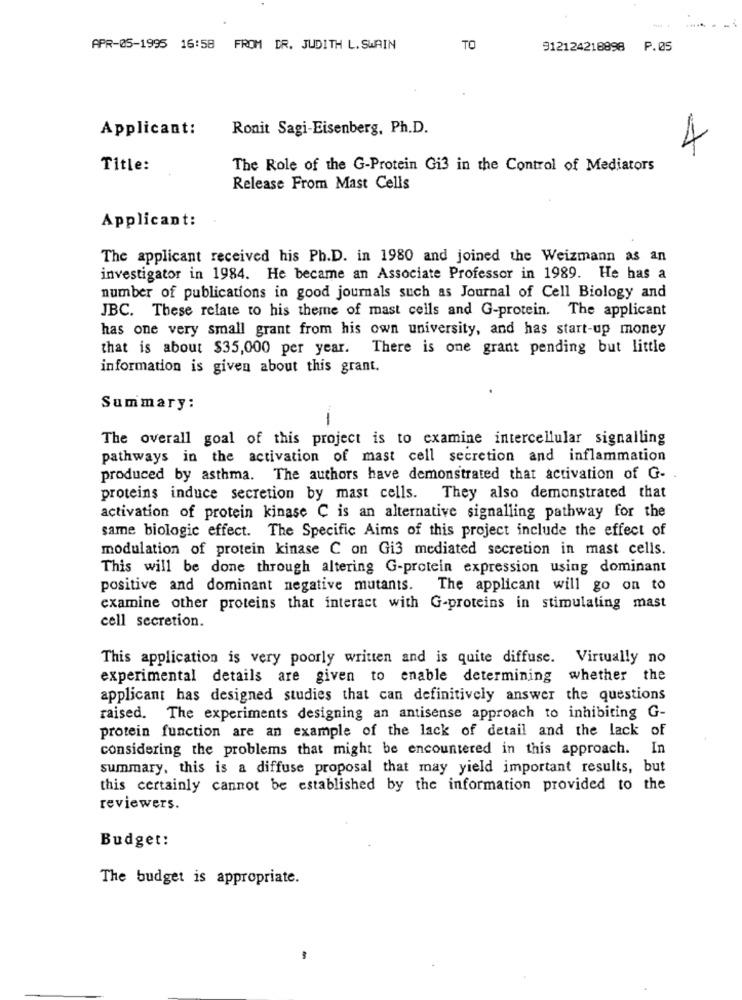
APR-05-1995 16:58 FROM DR. JUDITH L. SWAIN
TO
912124218898 P.05
Applicant:
Ronit Sagi-Eisenberg, Ph.D.
4
Title:
The Role of the G-Protein Gi3 in the Control of Mediators
Release From Mast Cells
Applicant:
The applicant received his Ph.D. in 1980 and joined the Weizmann as an
investigator in 1984. He became an Associate Professor in 1989. He has a
number of publications in good journals such as Journal of Cell Biology and
JBC. These relate to his theme of mast cells and G-protein. The applicant
has one very small grant from his own university, and has start-up money
that is about $35,000 per year. There is one grant pending but little
information is given about this grant.
Summary:
-
The overall goal of this project is to examine intercellular signalling
pathways in the activation of mast cell secretion and inflammation
produced by asthma. The authors have demonstrated that activation of G-
proteins induce secretion by mast cells. They also demonstrated that
activation of protein kinase C is an alternative signalling pathway for the
same biologic effect. The Specific Aims of this project include the effect of
modulation of protein kinase C on Gi3 mediated secretion in mast cells.
This will be done through altering G-protein expression using dominant
positive and dominant negative mutants. The applicant will go on to
examine other proteins that interact with G-proteins in stimulating mast
cell secretion.
This application is very poorly written and is quite diffuse. Virtually no
experimental details are given to enable determining whether the
applicant has designed studies that can definitively answer the questions
raised. The experiments designing an antisense approach to inhibiting G-
protein function are an example of the lack of detail and the lack of
considering the problems that might be encountered in this approach.
summary, this is a diffuse proposal that may yield important results, but
this certainly cannot be established by the information provided to the
reviewers.
Budget:
The budget is appropriate.